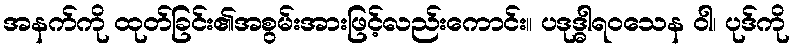
အနက်ကို ထုတ်ခြင်း၏အစွမ်းအားဖြင့်လည်းကောင်း။ ပဒုဒ္ဓါရဝသေန ဝါ၊ ပုဒ်ကို